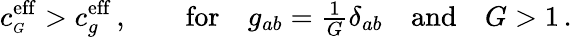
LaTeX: c_{\scriptscriptstyle G}^{\mathrm{eff}}>c_{g}^{\mathrm{eff}}\, ,\qquad\mathrm{for}\quad g_{ab}={\textstyle\frac{1}{G}}\delta_{ab}\quad\mathrm{and}\quad G>1\, .